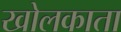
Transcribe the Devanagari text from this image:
खोलकाता